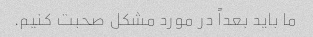
ما باید بعداً در مورد مشکل صحبت کنیم.